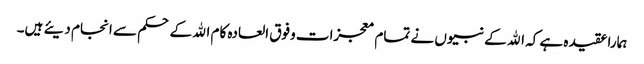
ہمارا عقیدہ ہے کہ الله کے نبیوں نے تمام معجزات وفوق العادہ کام الله کے حکم سے انجام دیئے ہیں۔